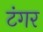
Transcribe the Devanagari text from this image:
टंगर